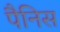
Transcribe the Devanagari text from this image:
पैनिस